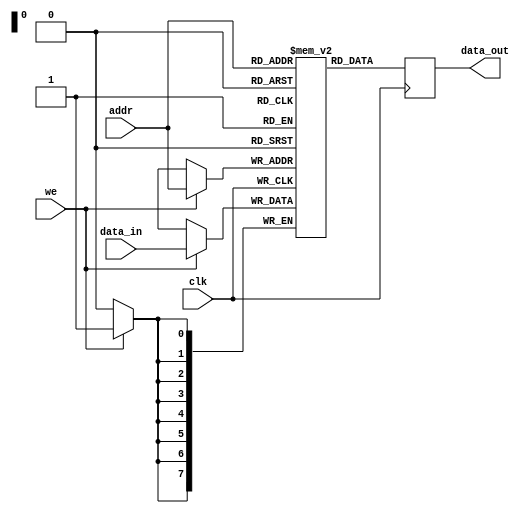
module single_port_ram #(
    parameter DATA_WIDTH = 8,      // Bit-width of each memory word
    parameter ADDR_WIDTH = 8,      // Number of address lines
    parameter DEPTH = 2**ADDR_WIDTH // Total number of memory locations
) (
    input wire clk,                 // Clock signal
    input wire we,                  // Write enable signal
    input wire [ADDR_WIDTH-1:0] addr, // Address input
    input wire [DATA_WIDTH-1:0] data_in, // Data input
    output reg [DATA_WIDTH-1:0] data_out // Data output
);

// Memory array declaration
reg [DATA_WIDTH-1:0] ram [0:DEPTH-1];

// Synchronous operation
always @(posedge clk) begin
    if (we) begin
        // Write operation
        ram[addr] <= data_in;
    end
    // Read operation
    data_out <= ram[addr];
end

endmodule